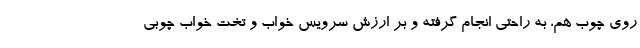
روی چوب هم، به راحتی انجام گرفته و بر ارزش سرویس خواب و تخت خواب چوبی